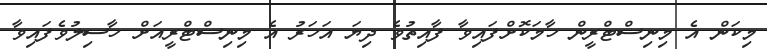
މިކަން އެ މިނިސްޓްރީން ހާމަކޮށްފައިވާ ފާއިތުވެ ދިޔަ އަހަރު އެ މިނިސްޓްރީއަށް ހާސިލުވެފައިވާ